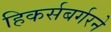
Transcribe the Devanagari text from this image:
हिकर्सबर्गरने